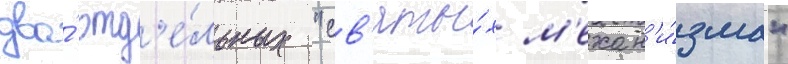
два́ отд'е́льных "св'яты́х м'ехан'и́зма"